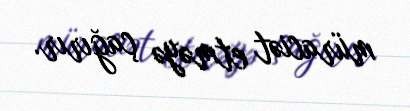
müraciət etməyə çağırır.